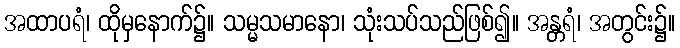
အထာပရံ၊ ထိုမှနောက်၌။ သမ္မသမာနော၊ သုံးသပ်သည်ဖြစ်၍။ အန္တရံ၊ အတွင်း၌။